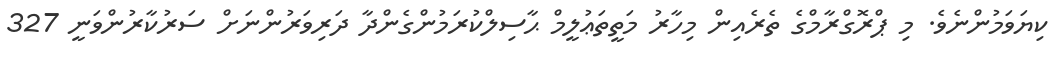
ކިޔަވަމުންނެވެ. މި ޕްރޮގްރާމްގެ ތެރެއިން މިހާރު މަތީތަޢުލީމް ޙާސިލްކުރަމުންގެންދާ ދަރިވަރުންނަށް ސަރުކާރުންވަނީ 327